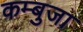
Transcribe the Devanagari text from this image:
कम्बुजा